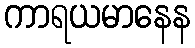
ကာရယမာနေန